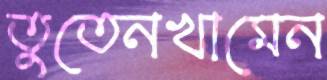
তুতেনখামেন